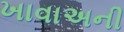
ખાવાઅની